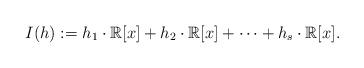
LaTeX: \begin{align*}I(h):= h_1\cdot \mathbb{R}[x]+h_2\cdot \mathbb{R}[x]+\cdots+h_s\cdot \mathbb{R}[x].\end{align*}